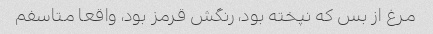
مرغ از بس که نپخته بود، رنگش قرمز بود، واقعا متاسفم